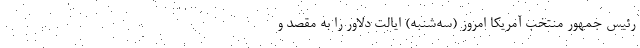
رئیس جمهور منتخب آمریکا امروز (سه‌شنبه) ایالت دلاوِر را به مقصد و